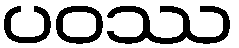
ပဝဿ